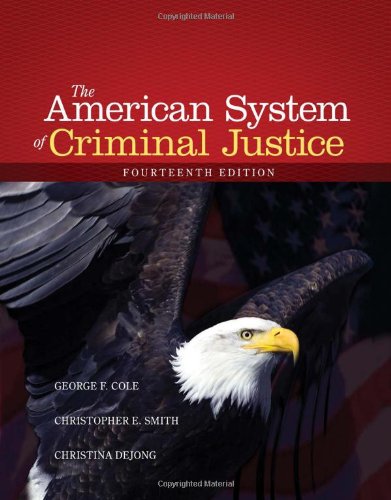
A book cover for The American System of Criminal Justice; George F. Cole; Law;